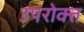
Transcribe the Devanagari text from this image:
उपरोक्त्त